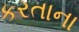
કરતાના